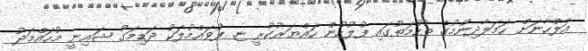
އަލްހާނަށް ހަމަލާދިނުމުގެ ތުހުމަތުގައި ފުލުހުން ހައްޔަރުކުރީ ޏ. ފުވައްމުލަކު ދަޑިމަގު ޝައިނީ މުހައްމަދު